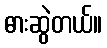
ဓားဆွဲတယ်။